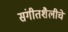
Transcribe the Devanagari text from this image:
संगीतशैलीचे